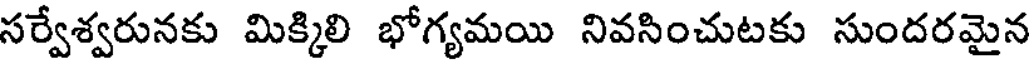
సర్వేశ్వరునకు మిక్కిలి భోగ్యమయి నివసించుటకు సుందరమైన